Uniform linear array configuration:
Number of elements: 8
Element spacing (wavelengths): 1
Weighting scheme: hamming
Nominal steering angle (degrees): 30
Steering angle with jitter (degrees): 29.2
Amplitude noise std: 0.05
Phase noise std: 0.05

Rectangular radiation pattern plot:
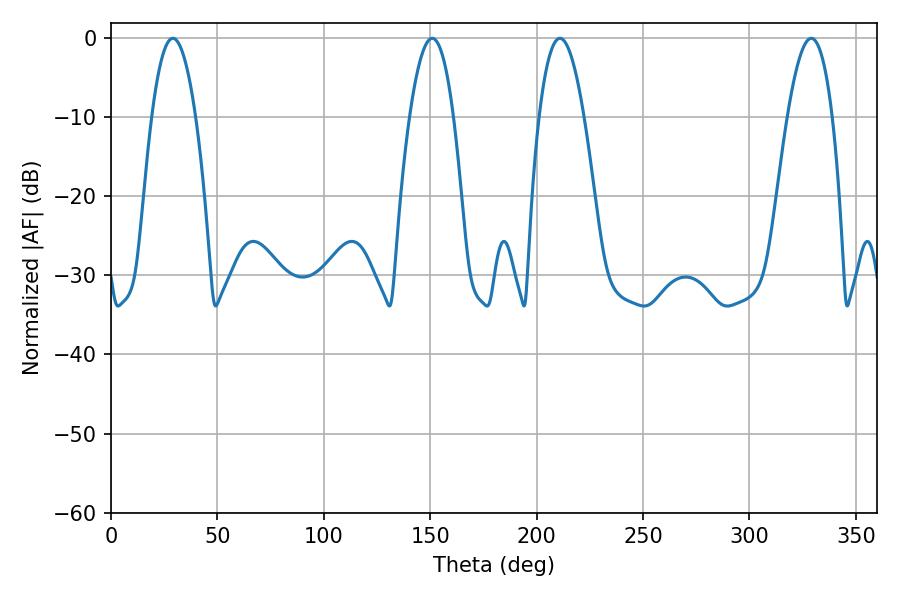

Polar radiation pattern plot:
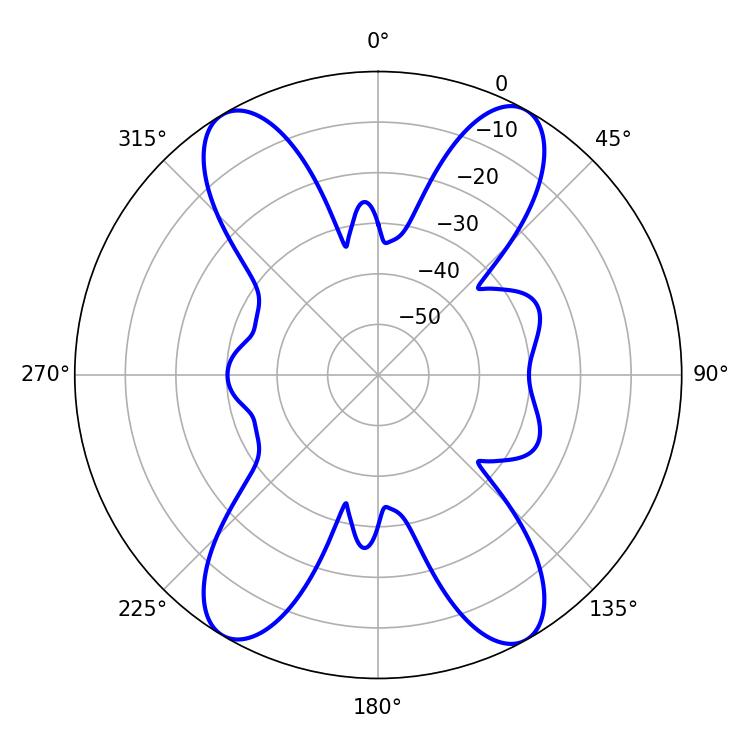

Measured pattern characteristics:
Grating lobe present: TRUE
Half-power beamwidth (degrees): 11.52
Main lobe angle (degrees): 210.96